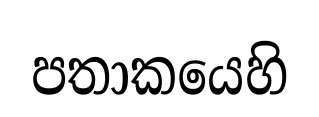
පතාකයෙහි